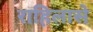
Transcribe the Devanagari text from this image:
राहिलासे